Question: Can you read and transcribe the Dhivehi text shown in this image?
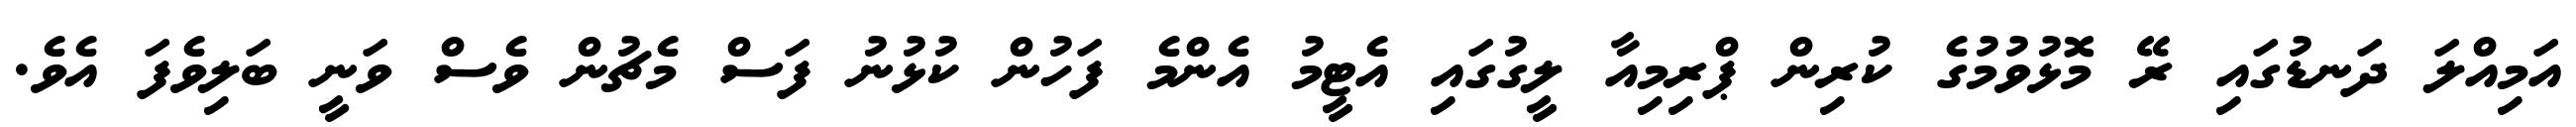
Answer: އަމިއްލަ ދަނޑުގައި ރޭ މޮޅުވުމުގެ ކުރިން ޕްރިމިއާ ލީގުގައި އެޓީމު އެންމެ ފަހުން ކުޅުނު ފަސް މެޗުން ވެސް ވަނީ ބަލިވެފަ އެވެ.